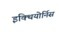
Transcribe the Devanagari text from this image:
इक्थियोर्निस